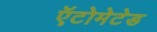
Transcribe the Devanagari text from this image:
ऍटोमेटेड